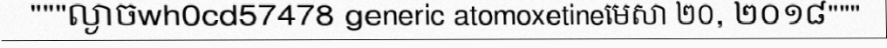
"""ល្ងាចwh0cd57478 generic atomoxetineមេសា ២០, ២០១៨"""